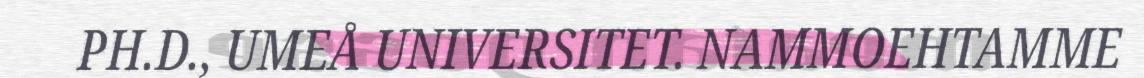
PH.D., UMEÅ UNIVERSITET. NAMMOEHTAMME